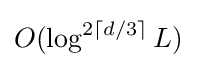
O(\log ^{2\lceil d/3\rceil }L)